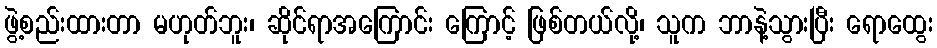
ဖွဲ့စည်းထားတာ မဟုတ်ဘူး၊ ဆိုင်ရာအကြောင်း ကြောင့် ဖြစ်တယ်လို့၊ သူက ဘာနဲ့သွားပြီး ရောထွေး